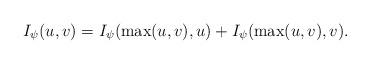
LaTeX: \begin{align*}I_{\psi}(u,v) = I_{\psi}(\max(u,v),u) + I_{\psi}(\max(u,v),v).\end{align*}